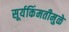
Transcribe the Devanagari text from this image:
सूर्यकिंमतीमुळे